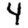
Digit: 4